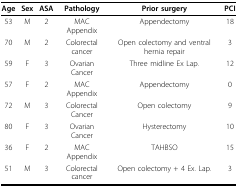
<table><thead><tr><td><b>Age</b></td><td><b>Sex</b></td><td><b>ASA</b></td><td><b>Pathology</b></td><td><b>Prior surgery</b></td><td><b>PCI</b></td></tr></thead><tbody><tr><td>53</td><td>M</td><td>2</td><td>MAC Appendix</td><td>Appendectomy</td><td>18</td></tr><tr><td>70</td><td>M</td><td>2</td><td>Colorectal cancer</td><td>Open colectomy and ventral hernia repair</td><td>3</td></tr><tr><td>59</td><td>F</td><td>3</td><td>Ovarian Cancer</td><td>Three midline Ex Lap.</td><td>12</td></tr><tr><td>57</td><td>F</td><td>2</td><td>MAC Appendix</td><td>Appendectomy</td><td>0</td></tr><tr><td>72</td><td>M</td><td>3</td><td>Colorectal Cancer</td><td>Open colectomy</td><td>9</td></tr><tr><td>80</td><td>F</td><td>3</td><td>Ovarian Cancer</td><td>Hysterectomy</td><td>10</td></tr><tr><td>36</td><td>F</td><td>2</td><td>MAC Appendix</td><td>TAHBSO</td><td>15</td></tr><tr><td>51</td><td>M</td><td>3</td><td>Colorectal cancer</td><td>Open colectomy + 4 Ex. Lap.</td><td>3</td></tr></tbody></table>